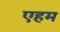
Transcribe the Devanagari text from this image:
एहम